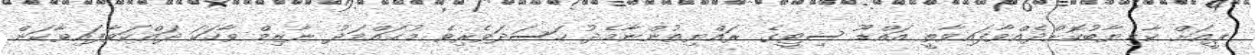
ޕީއަށް ކާމިޔާބުކޮށްދެއްވާފައިވާތީ އައްޑޫ ސިޓީގެ ރައްޔިތުންނާމެދު ހަސަދަވެރިވެ މުޙައްމަދު ނާޒިމް ވާހަކަ ދައްކަވާފައިވާކަން